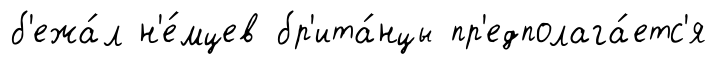
б'ежа́л н'е́мцев бр'ита́нцы пр'едполага́етс'я